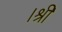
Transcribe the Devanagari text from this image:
।श्री